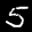
Label: 5